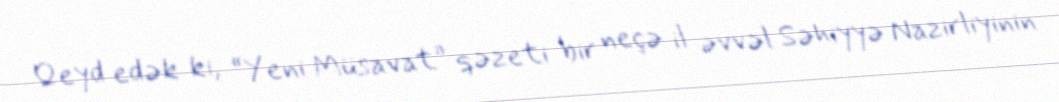
Qeyd edək ki, “Yeni Müsavat” qəzeti bir neçə il əvvəl Səhiyyə Nazirliyinin